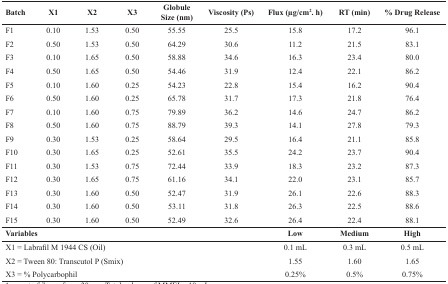
<table><thead><tr><td><b>Batch</b></td><td><b>X1</b></td><td><b>X2</b></td><td><b>X3</b></td><td><b>Globule Size (nm)</b></td><td><b>Viscosity(Ps)</b></td><td><b>Flux (μg/cm<sup>2</sup>. h)</b></td><td><b>RT(min)</b></td><td><b>% Drug Release</b></td></tr></thead><tbody><tr><td>F1</td><td>0.10</td><td>1.53</td><td>0.50</td><td>55.55</td><td>25.5</td><td>15.8</td><td>17.2</td><td>96.1</td></tr><tr><td>F2</td><td>0.50</td><td>1.53</td><td>0.50</td><td>64.29</td><td>30.6</td><td>11.2</td><td>21.5</td><td>83.1</td></tr><tr><td>F3</td><td>0.10</td><td>1.65</td><td>0.50</td><td>58.88</td><td>34.6</td><td>16.3</td><td>23.4</td><td>80.0</td></tr><tr><td>F4</td><td>0.50</td><td>1.65</td><td>0.50</td><td>54.46</td><td>31.9</td><td>12.4</td><td>22.1</td><td>86.2</td></tr><tr><td>F5</td><td>0.10</td><td>1.60</td><td>0.25</td><td>54.23</td><td>22.8</td><td>15.4</td><td>16.2</td><td>90.4</td></tr><tr><td>F6</td><td>0.50</td><td>1.60</td><td>0.25</td><td>65.78</td><td>31.7</td><td>17.3</td><td>21.8</td><td>76.4</td></tr><tr><td>F7</td><td>0.10</td><td>1.60</td><td>0.75</td><td>79.89</td><td>36.2</td><td>14.6</td><td>24.7</td><td>86.2</td></tr><tr><td>F8</td><td>0.50</td><td>1.60</td><td>0.75</td><td>88.79</td><td>39.3</td><td>14.1</td><td>27.8</td><td>79.3</td></tr><tr><td>F9</td><td>0.30</td><td>1.53</td><td>0.25</td><td>58.64</td><td>29.5</td><td>16.4</td><td>21.1</td><td>85.8</td></tr><tr><td>F10</td><td>0.30</td><td>1.65</td><td>0.25</td><td>52.61</td><td>35.5</td><td>24.2</td><td>23.7</td><td>90.4</td></tr><tr><td>F11</td><td>0.30</td><td>1.53</td><td>0.75</td><td>72.44</td><td>33.9</td><td>18.3</td><td>23.2</td><td>87.3</td></tr><tr><td>F12</td><td>0.30</td><td>1.65</td><td>0.75</td><td>61.16</td><td>34.1</td><td>22.0</td><td>23.1</td><td>85.7</td></tr><tr><td>F13</td><td>0.30</td><td>1.60</td><td>0.50</td><td>52.47</td><td>31.9</td><td>26.1</td><td>22.6</td><td>88.3</td></tr><tr><td>F14</td><td>0.30</td><td>1.60</td><td>0.50</td><td>53.11</td><td>31.8</td><td>26.3</td><td>22.5</td><td>88.6</td></tr><tr><td>F15</td><td>0.30</td><td>1.60</td><td>0.50</td><td>52.49</td><td>32.6</td><td>26.4</td><td>22.4</td><td>88.1</td></tr><tr><td colspan="6"><b>Variables</b></td><td><b>Low </b></td><td><b>Medium </b></td><td><b>High</b></td></tr><tr><td colspan="6">X1 = Labrafil M 1944 CS (Oil)</td><td>0.1 mL</td><td>0.3 mL</td><td>0.5 mL</td></tr><tr><td colspan="6">X2 = Tween 80: Transcutol P (Smix)</td><td>1.55</td><td>1.60</td><td>1.65</td></tr><tr><td colspan="6">X3 = % Polycarbophil</td><td>0.25%</td><td>0.5%</td><td>0.75%</td></tr></tbody></table>